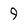
Character: 9